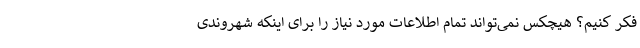
فکر کنیم؟ هیچکس نمی‌تواند تمام اطلاعات مورد نیاز را برای اینکه شهروندی